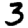
Digit: 3